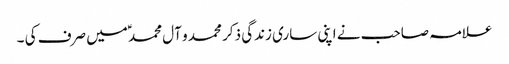
علامہ صاحب نے اپنی ساری زندگی ذکر محمد و آل محمد ؑمیں صرف کی ۔